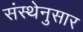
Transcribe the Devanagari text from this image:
संस्थेनुसार